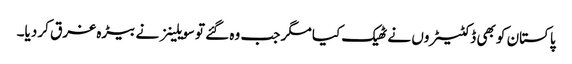
پاکستان کو بھی ڈکٹیٹروں نے ٹھیک کیا مگر جب وہ گئے تو سویلینز نے بیڑہ غرق کر دیا۔